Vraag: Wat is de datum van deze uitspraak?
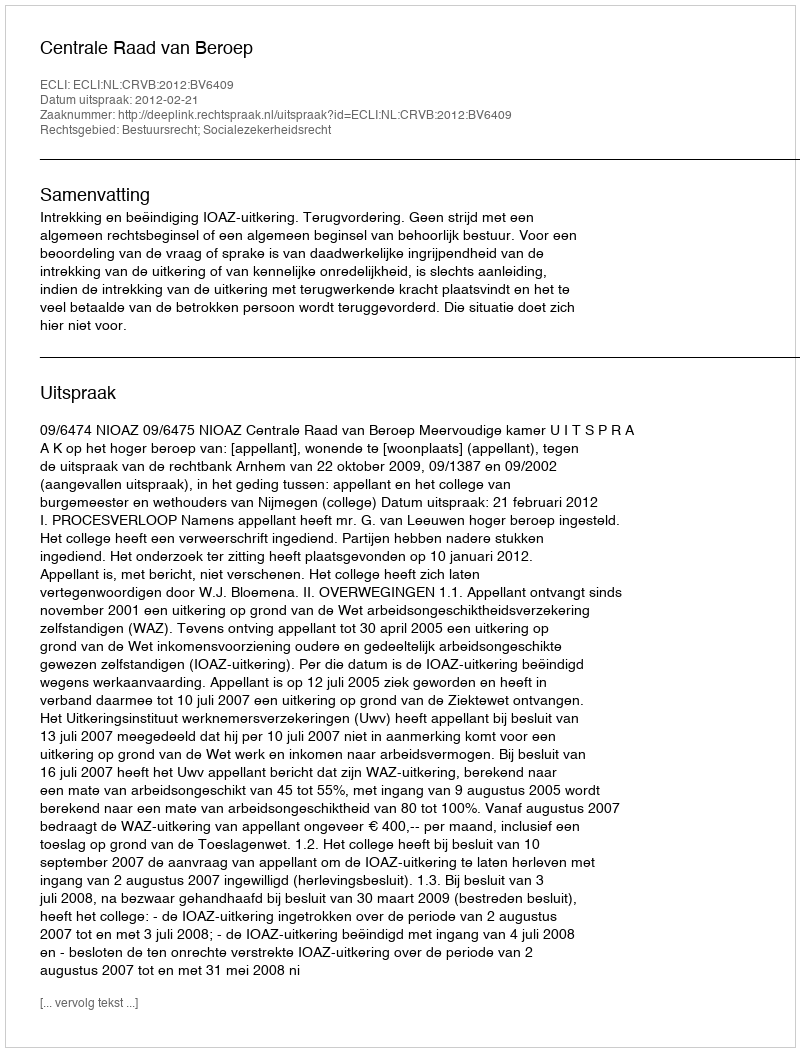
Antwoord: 2012-02-21